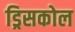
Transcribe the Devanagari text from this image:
ड्रिसकोल